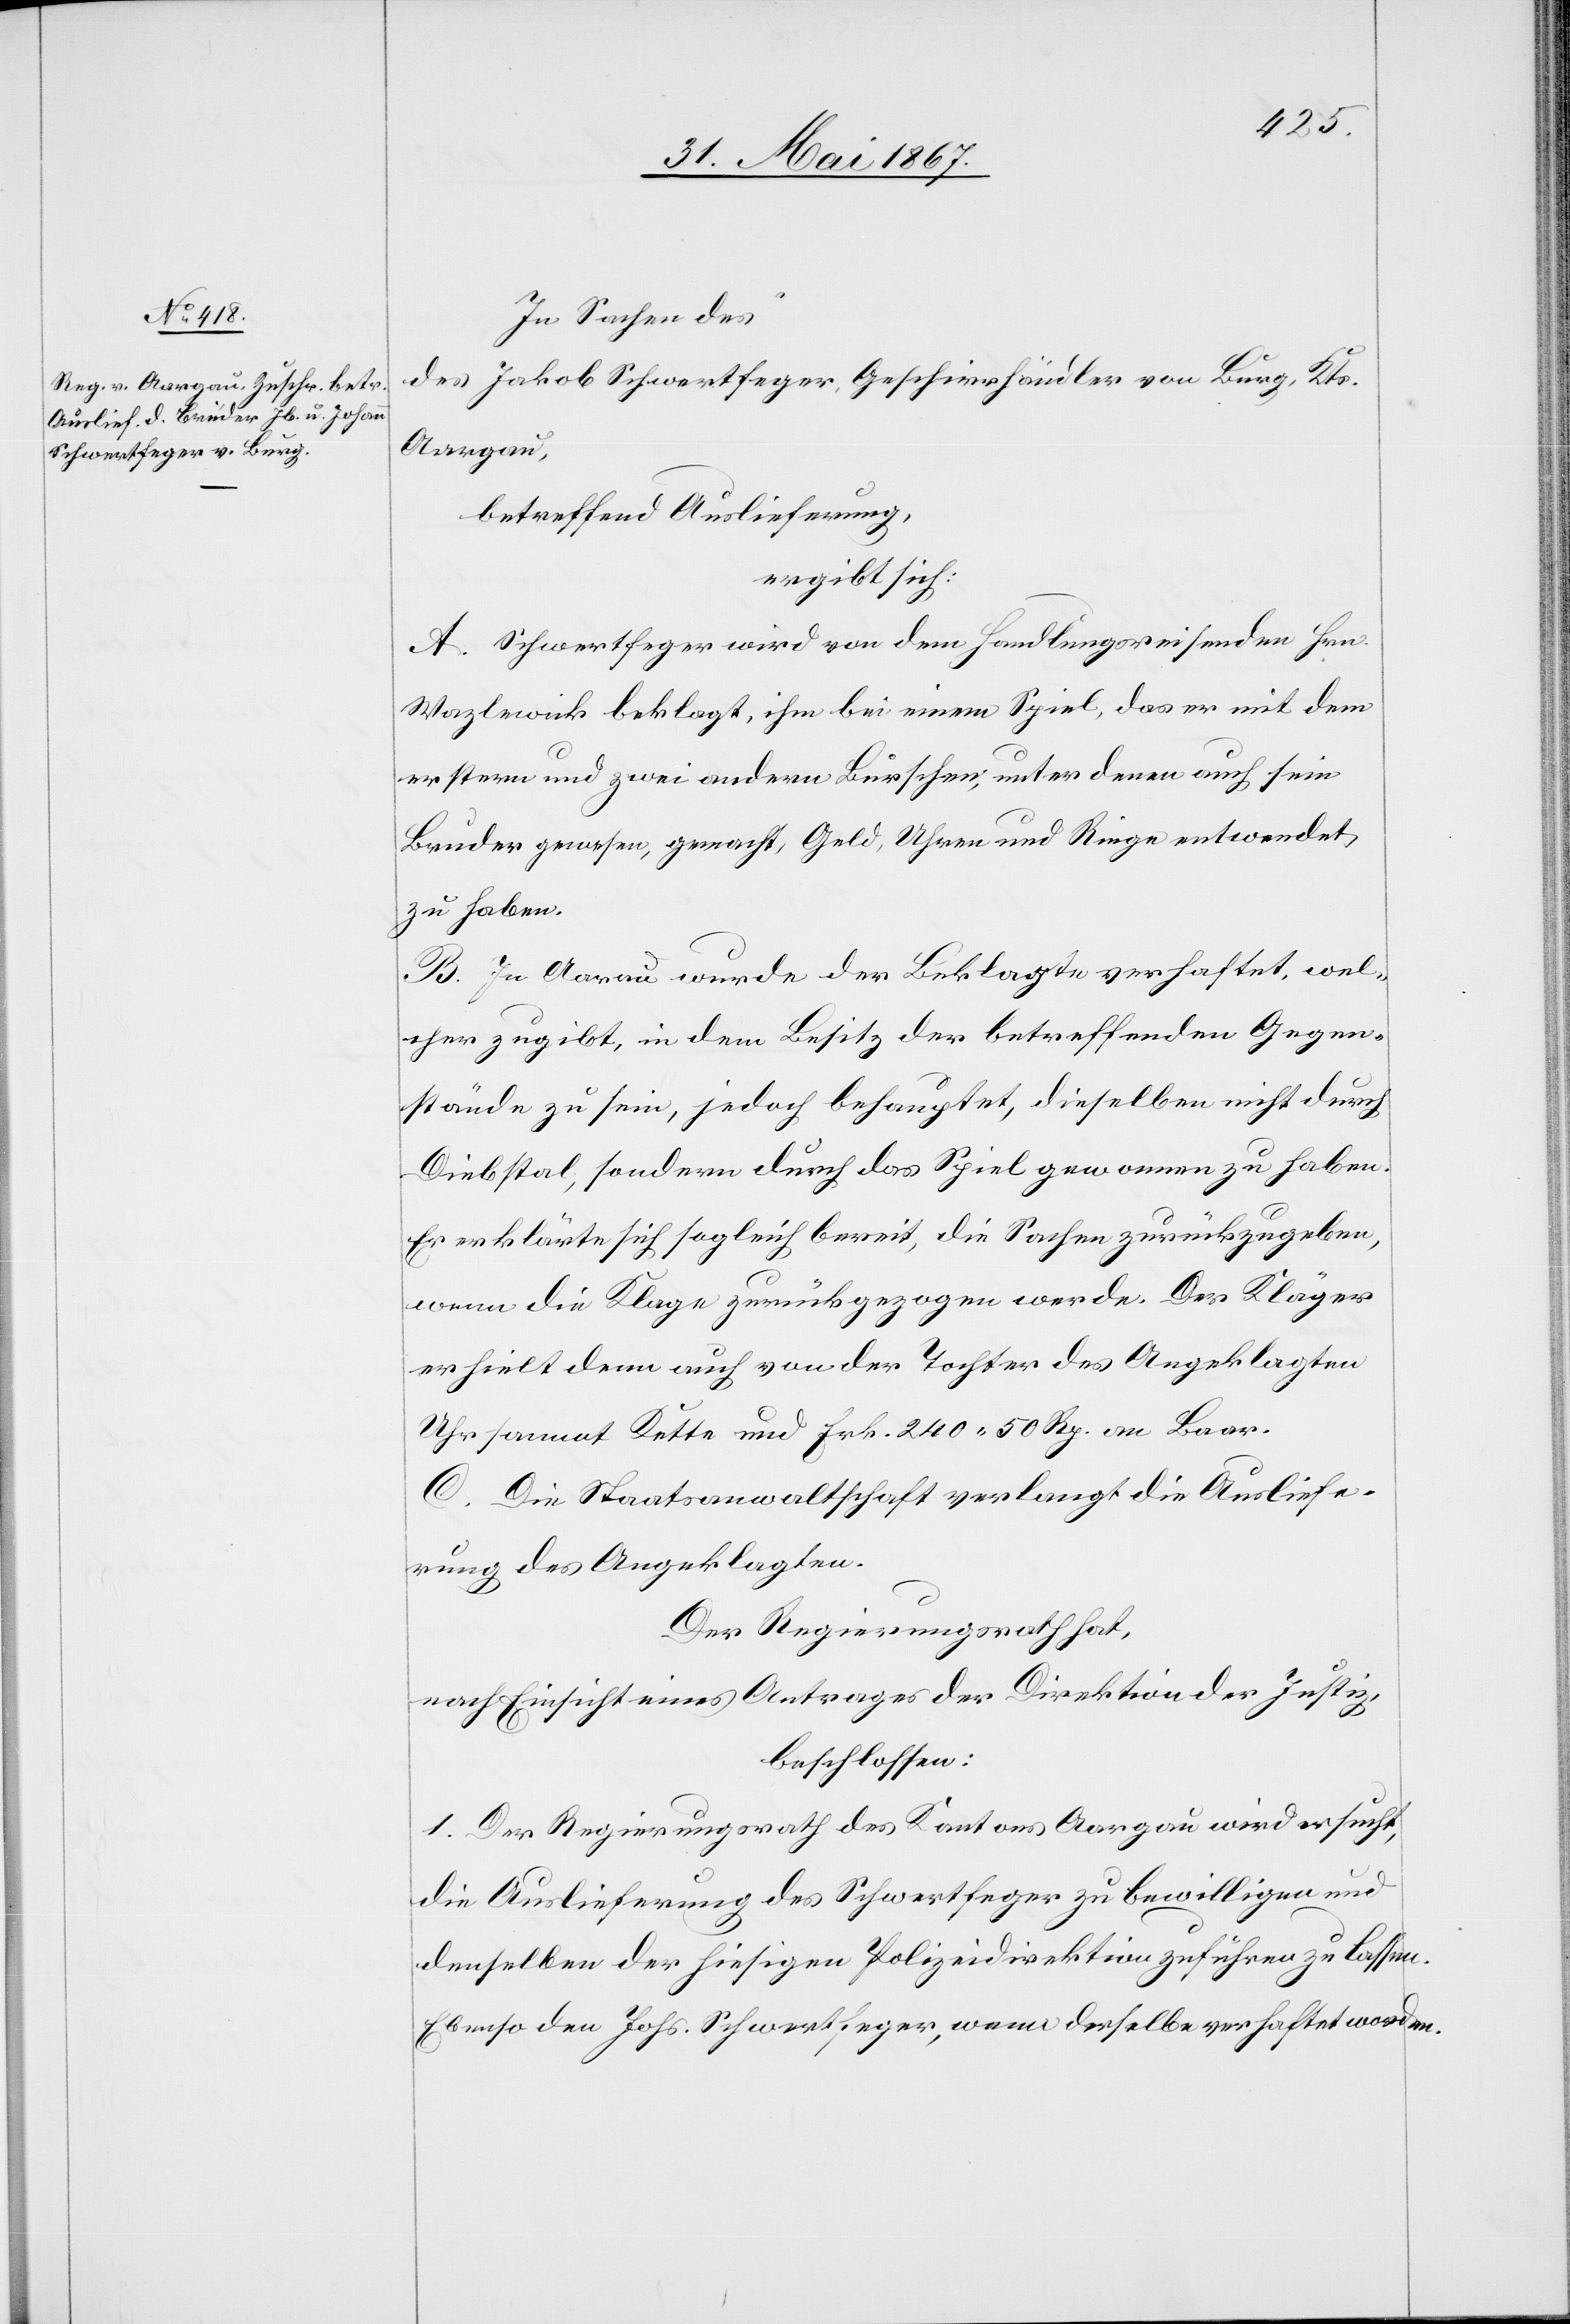
3. Juni 1867.]
In Sachen des
Jakob Schwertfeger, Geschirrhändler von Burg, Kts.
Aargau,
betreffend Auslieferung,
ergibt sich:
A. Schwertfeger wird von dem Handlungsreisenden Hrn.
Wazlewick beklagt, ihm bei einem Spiel, das er mit dem
erstern und zwei andern Burschen, unter denen auch sein
Bruder gewesen, gemacht, Geld, Uhren und Ringe entwendet
zu haben.
B. In Aarau wurde der Beklagte verhaftet, wel¬
cher zugibt, in dem Besitz der betreffenden Gegen¬
stände zu sein, jedoch behauptet, dieselben nicht durch
Diebstal, sondern durch das Spiel gewonnen zu haben.
Er erklärt sich sogleich bereit, die Sachen zurückzugeben,
wenn die Klage zurückgezogen werde. Der Kläger
erhielt denn auch von der Tochter des Angeklagten
Uhr sammt Kette und Frk. 240. 50 Rp. an Baar.
C. Die Staatsanwaltschaft verlangt die Ausliefe¬
rung des Angeklagten.
Der Regierungsrath hat,
nach Einsicht eines Antrages der Direktion der Justiz,
beschlossen:
1. Der Regierungsrath des Kantons Aargau wird ersucht,
die Auslieferung des Schwertfeger zu bewilligen und
denselben der hiesigen Polizeidirektion zuführen zu lassen.
Ebenso den Jhs. Schwertfeger, wenn derselbe verhaftet worden.